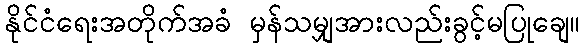
နိုင်ငံရေးအတိုက်အခံ မှန်သမျှအားလည်းခွင့်မပြုချေ။